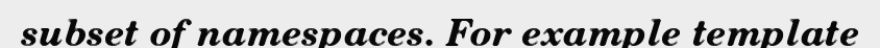
subset of namespaces. For example template